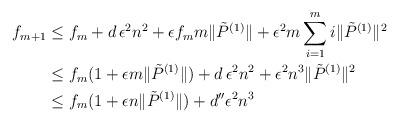
LaTeX: \begin{align*}f_{m+1} & \le f_m + d\,\epsilon^{2} n^2 + \epsilon f_m m \|\tilde{P}^{(1)}\| + \epsilon^2 m\sum_{i=1}^{m}i\|\tilde{P}^{(1)}\|^2 \\&\le f_m(1+\epsilon m \|\tilde{P}^{(1)}\|) + d\,\epsilon^{2}n^2 + \epsilon^2 n^3\|\tilde{P}^{(1)}\|^2 \\&\le f_m(1+\epsilon n\|\tilde{P}^{(1)}\|) + d''\epsilon^{2}n^3\end{align*}